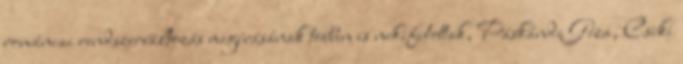
romániai rendszerváltozás megírásának többen is nekifutottak, Páskándi Géza, Csiki